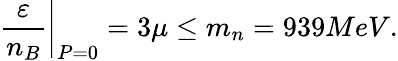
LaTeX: \frac{\varepsilon}{n_{B}}\bigg|_{P=0}=3\mu\leq m_{n}=939MeV.